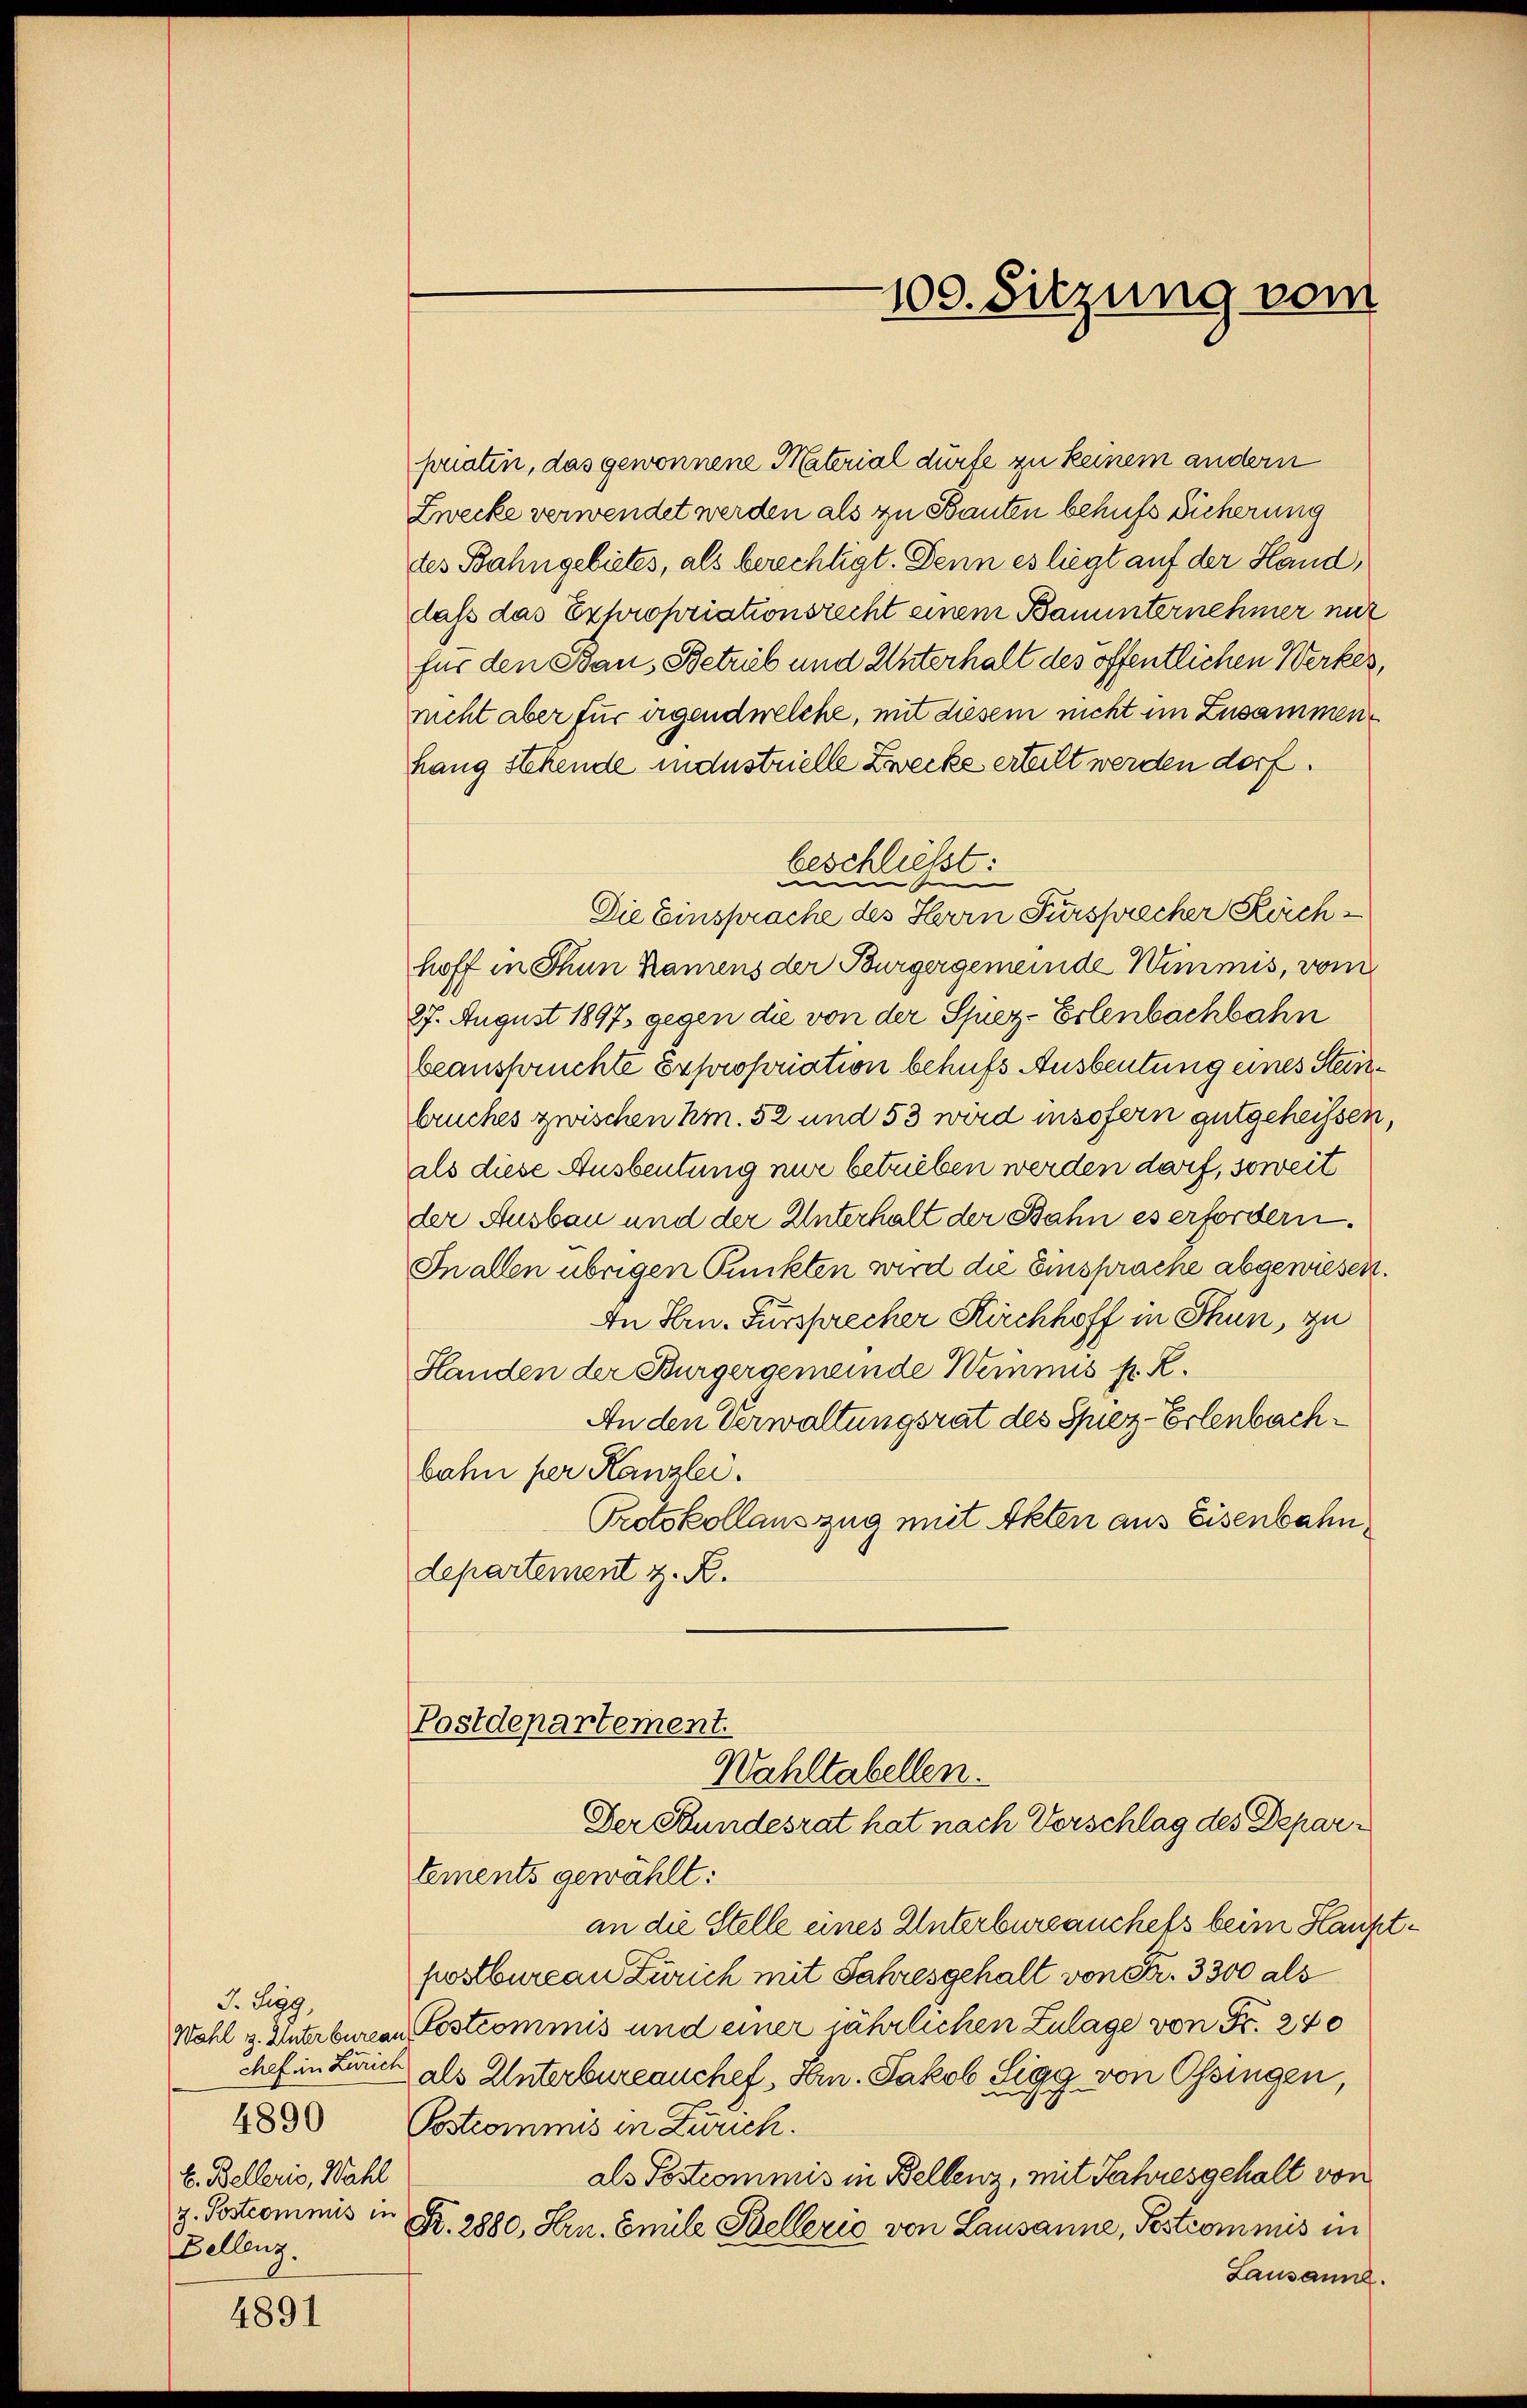
J. Sigg,
E. Belleris, Wahl
z. Postcommis in
Fellenz.

4891

priatin, das gewonnene Material dürfe zu keinem andern
Zwecke verwendet werden als zu Bauten behufs Sicherung
des Bahngebietes, als berechtigt. Denn es liegt auf der Hand,
dass das Expropriationsrecht einem Bauunternehmer mit
für den Bau, Betrieb und Unterhalt des öffentlichen Werkes,
nicht aber für irgendwelche, mit diesem nicht im Zusammenhang stehende industrielle Zwecke erteilt werden dorf.
beschließt:
e
Die Einsprache des Herrn Fürsprecher Reichhoff in Thun kamens der Bürgergemeinde Wimmis, vom
27. August 1897. gegen die von der Spiez-Erlenbachbahn
beanspruchte Exproporation behufs Ausbeutung eines Steinbruches zwischen hm. 52 und 53 wird insofern gutgeheissen,
als diese Ausbeutung nur betrieben werden darf, soweit
der Ausbau und der Unterhalt der Bahn es erfordern.
In allen übrigen Punkten wird die Einsprache abgewiesen.
An Hrn. Fürsprecher Kirchhoff in Thun, zu
Handen der Bürgergemeinde Wimmis H. R.
An den Verwaltungsrat des Spiez-Erlenbachbahn per Kanzlei.
Protokollauszug mit Akten aus Eisenbahn,
departement z. R.

Postdepartement.
Wahltabellen.
Der Bundesrat hat nach Vorschlag des Depar¬

100. Sitzung vom

tements gewählt:
an die Stelle eines Unterbureauchels beim Hauptpostbureau Zürich mit Jahresgehalt von Fr. 3300 als
Wahl v. Interbureau ostcommis und einer jährlichen Zulage von Fr. 240
chef in Lurel als Unterbureauchef, Hrn. Jakob Sigg von Ossingen,
4830 Postcommis in Zürich.
als Postcommis in Bellenz, mit Jahresgehalt von
K. 2880, Hrn. Emile Stellerio von Lausanne, Pestcommis in
Lausanne.